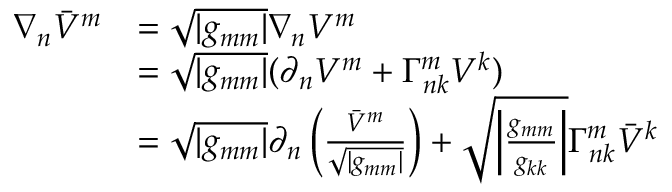
\begin{array} { r l } { \nabla _ { n } \bar { V } ^ { m } } & { = \sqrt { | g _ { m m } | } \nabla _ { n } V ^ { m } } \\ & { = \sqrt { | g _ { m m } | } ( \partial _ { n } V ^ { m } + \Gamma _ { n k } ^ { m } V ^ { k } ) } \\ & { = \sqrt { | g _ { m m } | } \partial _ { n } \left( \frac { \bar { V } ^ { m } } { \sqrt { | g _ { m m } | } } \right) + \sqrt { \left\lvert \frac { g _ { m m } } { g _ { k k } } \right\rvert } \Gamma _ { n k } ^ { m } \bar { V } ^ { k } } \end{array}